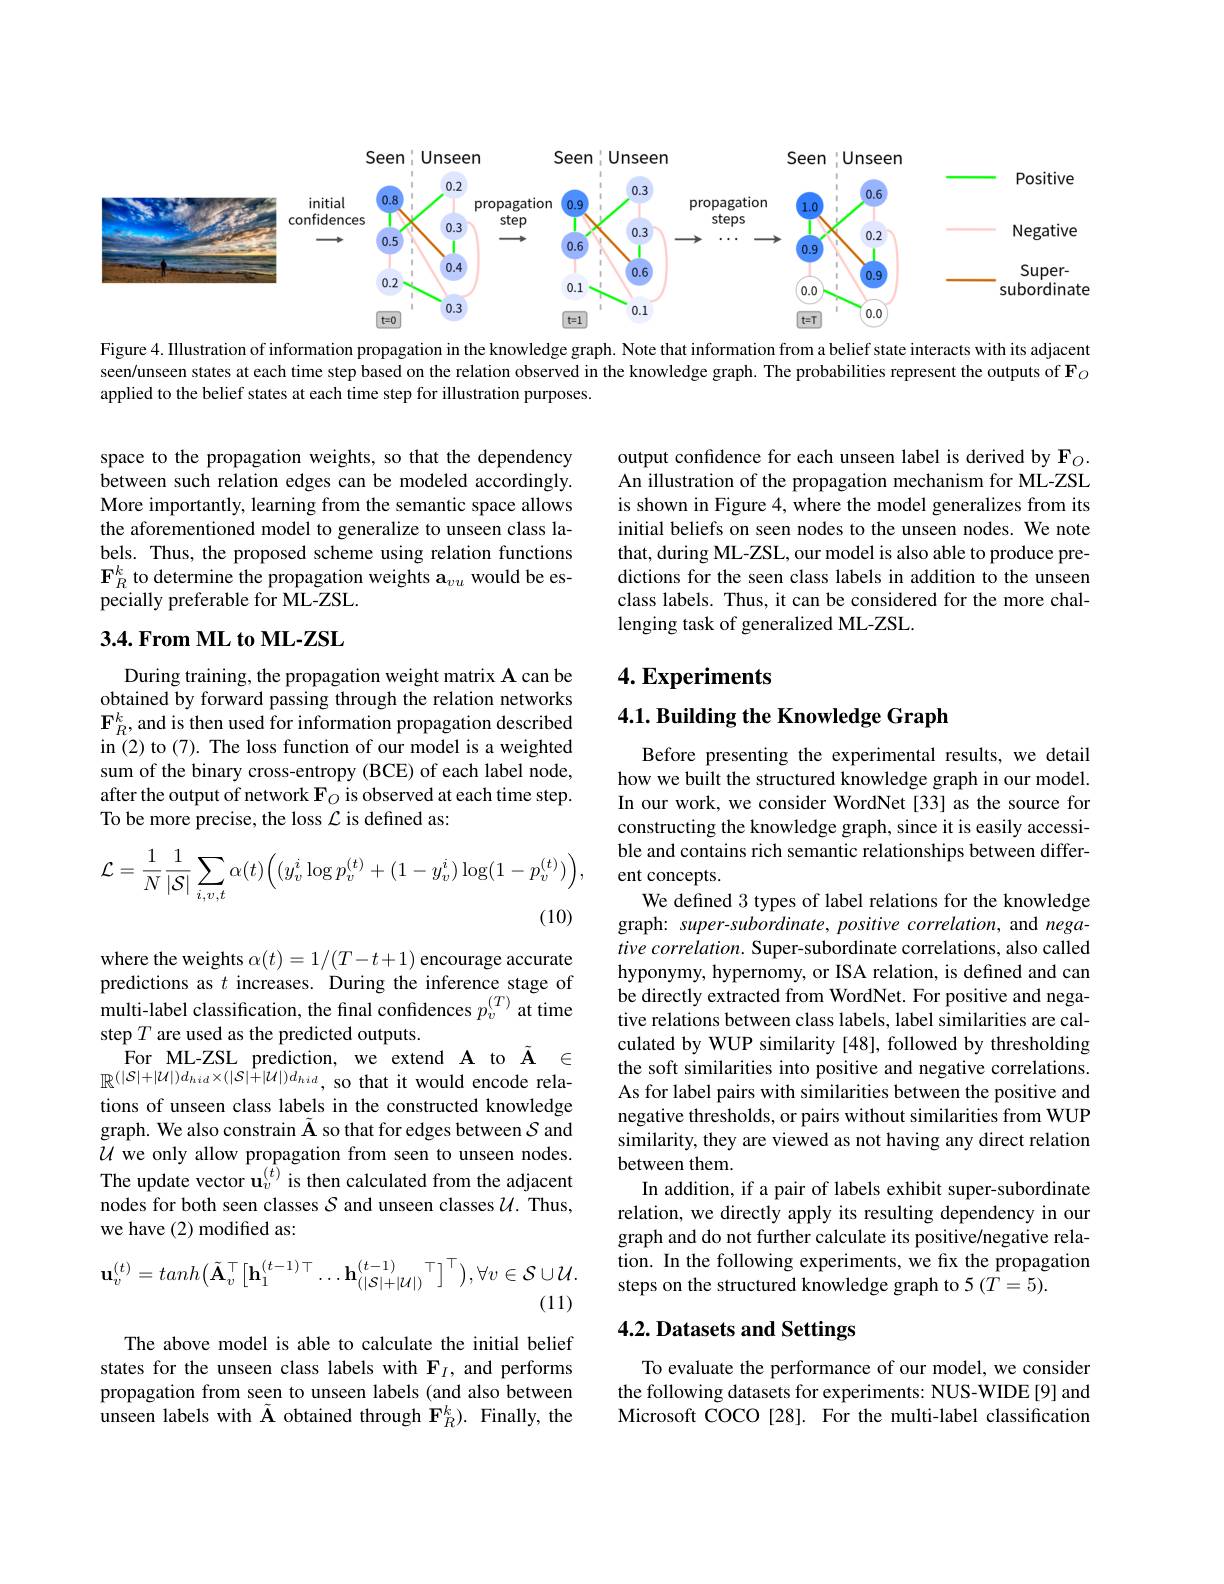
<FigureHere>

Figure 4. Illustration of information propagation in the knowledge graph. Note that information from a belief state interacts with its adjacent seen$l$unseen states at each time step based on the relation observed in the knowledge graph. The probabilities represent the outputs of $\mathbf{F}_O$ applied to the belief states at each time step for illustration purposes.

space to the propagation weights, so that the dependency between such relation edges can be modeled accordingly. More importantly, learning from the semantic space allows the aforementioned model to generalize to unseen class labels. Thus, the proposed scheme using relation functions $\mathbf{F}_{R}^{k}$ to determine the propagation weights $\mathbf{a}_vu$ would be especially preferable for ML-ZSL.

output confdence for each unseen label is derived by Fo. An illustration of the propagation mechanism for ML-ZSL is shown in Figure 4, where the model generalizes from its initial beliefs on seen nodes to the unseen nodes. We note that, during ML-ZSL, our model is also able to produce predictions for the seen class labels in addition to the unseen class labels. Thus, it can be considered for the more challenging task of generalized ML-ZSL.

## $3. 4. \textbf{From ML to ML- ZSL}$

$4. \textbf{Experiments}$

$4. 1. \textbf{ Building the Knowledge Graph}$

During training, the propagation weight matrix A can be obtained by forward passing through the relation networks $\mathbf{F}_{R}^{k}$,and is then used for information propagation described in (2) to (7). The loss function of our model is a weighted sum of the binary cross-entropy (BCE) of each label node, after the output of network $\mathbf{F}_O$ is observed at each time step. To be more precise, the loss $\mathcal{L}$ is defined as:
$$\mathcal{L}=\frac{1}{N}\frac{1}{|\mathcal{S}|}\sum_{i,v,t}\alpha(t)\Big((y_v^i\log p_v^{(t)}+(1-y_v^i)\log(1-p_v^{(t)})\Big),$$
(10)

Before presenting the experimental results, we detail how we built the structured knowledge graph in our model. In our work, we consider WordNet[33] as the source for constructing the knowledge graph, since it is easily accessible and contains rich semantic relationships between different concepts.
We defined 3 types of label relations for the knowledge graph: super-subordinate, positive correlation, and negative correlation. Super-subordinate correlations, also called hyponymy, hypernomy, or ISA relation, is defined and can be directly extracted from WordNet. For positive and negative relations between class labels, label similarities are calculated by WUP similarity [48], followed by thresholding the soft similarities into positive and negative correlations. As for label pairs with similarities between the positive and negative thresholds, or pairs without similarities from WUP similarity, they are viewed as not having any direct relation between them.
In addition, if a pair of labels exhibit super-subordinate relation, we directly apply its resulting dependency in our graph and do not further calculate its positive/negative relation. In the following experiments, we fix the propagation steps on the structured knowledge graph to 5 (T=5).

where the weights $\alpha(t)=1/(T-t+1)$ encourage accurate predictions as $t$ increases. During the inference stage of multi-label classification, the final confidences $p_v^{(T)}$ at time step $T$ are used as the predicted outputs.
For ML-ZSL prediction, we extend A to $\tilde{\mathbf{A} }$ $\in$ $\mathbb{R}^{(|S|+|U|)d_{hid}\times(|S|+|\mathcal{U}|)d_{hid},\text{ so that it would encode rela-}}$ tions of unseen class labels in the constructed knowledge graph. We also constrain $\tilde{\mathbf{A}}$ so that for edges between $S$ and $\mathcal{U}$ we only allow propagation from seen to unseen nodes. The update vector $\mathbf{u}_v^{(\hat{t})}$ is then calculated from the adjacent nodes for both seen classes $\mathcal{S}$ and unseen classes $\mathcal{U}.$ Thus, we have (2)modified as:
$$\mathbf{u}_{v}^{(t)}=tanh\big(\tilde{\mathbf{A}}_{v}^{\top}\big[\mathbf{h}_{1}^{(t-1)\top}\ldots\mathbf{h}_{(|\mathcal{S}|+|\mathcal{U}|)}^{(t-1)}\big]^{\top}\big),\forall v\in\mathcal{S}\cup\mathcal{U}.$$
(11)

# 4.2. Datasets and Settings

The above model is able to calculate the initial belief states for the unseen class labels with $\mathbf{F}_I$, and performs propagation from seen to unseen labels (and also between unseen labels with $\tilde{\mathbf{A}}$ obtained through $\mathbf{F}_R^k).$ Finally, the

To evaluate the performance of our model, we consider the following datasets for experiments: NUS-WIDE[9] and Microsoft COCO[28]. For the multi-label classification